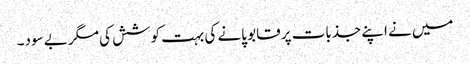
میں نے اپنے جذبات پر قابو پانے کی بہت کوشش کی مگر بے سود۔